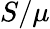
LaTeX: S/\mu